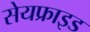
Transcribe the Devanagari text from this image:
सेयफ्राइड